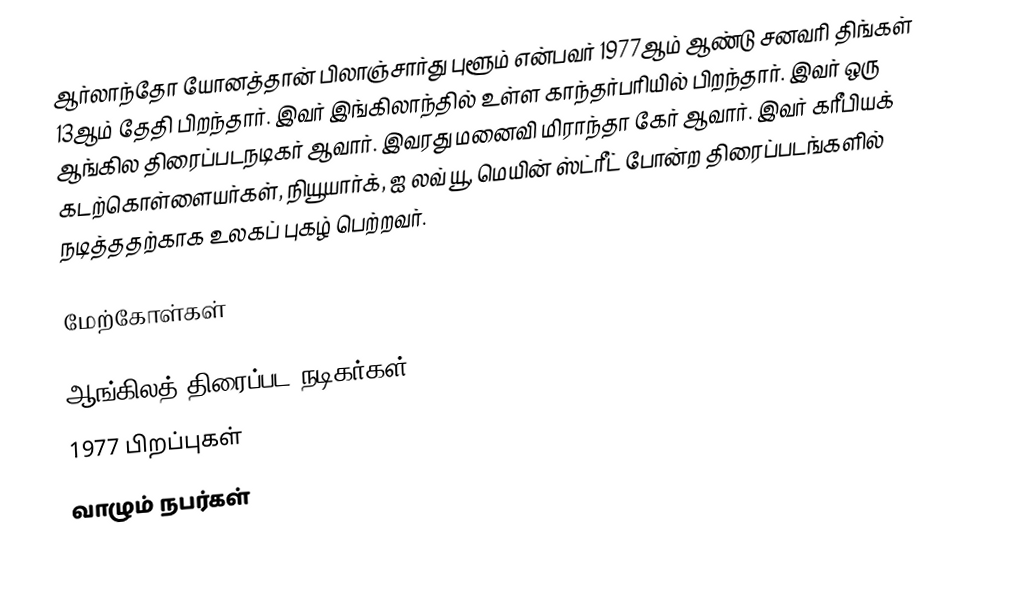
ஆர்லாந்தோ யோனத்தான் பிலாஞ்சார்து புளூம் என்பவர் 1977ஆம் ஆண்டு சனவரி திங்கள் 13ஆம் தேதி பிறந்தார். இவர் இங்கிலாந்தில் உள்ள காந்தர்பரியில் பிறந்தார். இவர் ஒரு ஆங்கில திரைப்படநடிகர் ஆவார். இவரது மனைவி மிராந்தா கேர் ஆவார். இவர் கரீபியக் கடற்கொள்ளையர்கள், நியூயார்க், ஐ லவ் யூ, மெயின் ஸ்ட்ரீட் போன்ற திரைப்படங்களில் நடித்ததற்காக உலகப் புகழ் பெற்றவர்.

மேற்கோள்கள்

ஆங்கிலத் திரைப்பட நடிகர்கள்
1977 பிறப்புகள்
வாழும் நபர்கள்